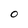
Character: o